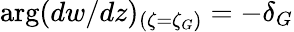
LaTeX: \arg(dw/dz)_{(\zeta=\zeta_{G})}=-\delta_{G}